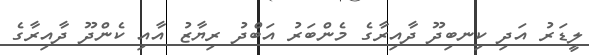
ލީޑަރު އަދި ކިނބިދޫ ދާއިރާގެ މެންބަރު އަބްދު ރިޔާޒު އާއި ކެންދޫ ދާއިރާގެ